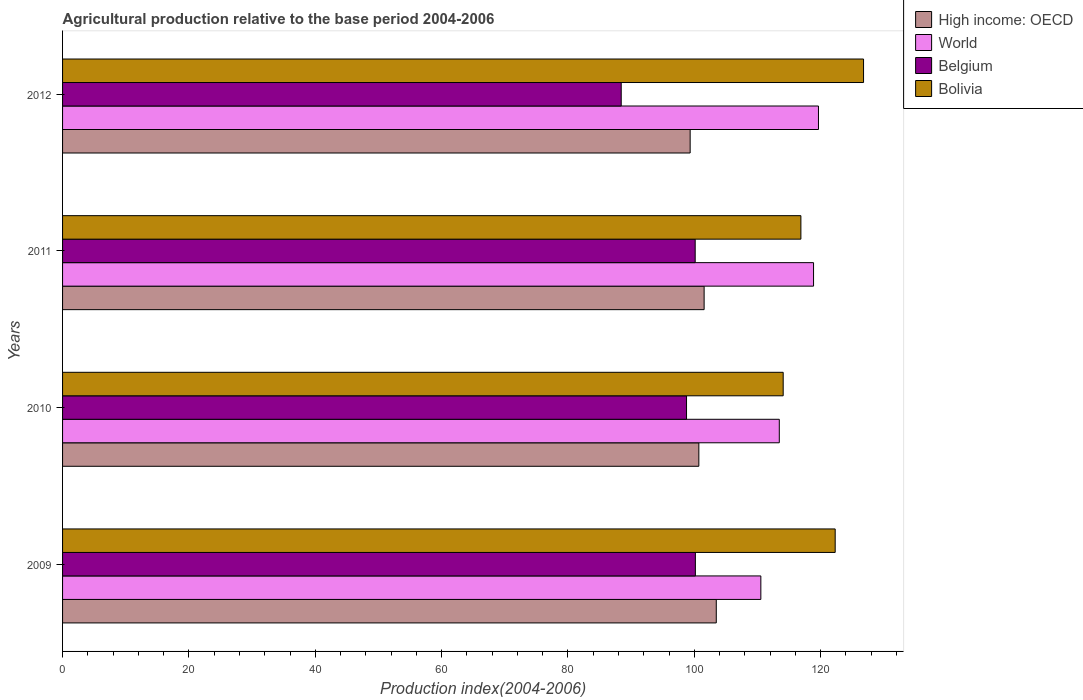
| Years | High income: OECD | World | Belgium | Bolivia |
 | --- | --- | --- | --- | --- |
 | 2009 | 103 | 111 | 100 | 122 |
 | 2010 | 101 | 113 | 98.8 | 114 |
 | 2011 | 102 | 119 | 100 | 117 |
 | 2012 | 99.3 | 120 | 88.4 | 127 |